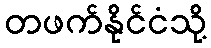
တဖက်နိုင်ငံသို့